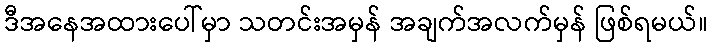
ဒီအနေအထားပေါ်မှာ သတင်းအမှန် အချက်အလက်မှန် ဖြစ်ရမယ်။